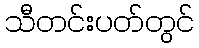
သီတင်းပတ်တွင်